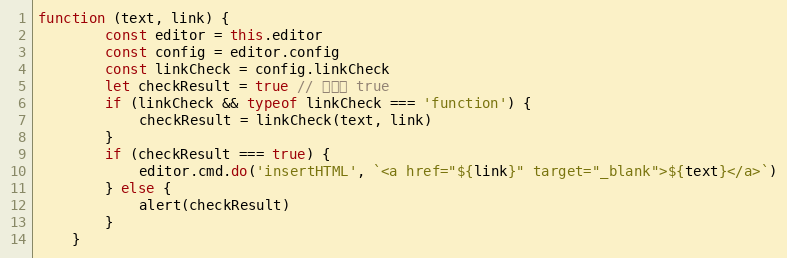
Language: JavaScript
function (text, link) {
        const editor = this.editor
        const config = editor.config
        const linkCheck = config.linkCheck
        let checkResult = true // 默认为 true
        if (linkCheck && typeof linkCheck === 'function') {
            checkResult = linkCheck(text, link)
        }
        if (checkResult === true) {
            editor.cmd.do('insertHTML', `<a href="${link}" target="_blank">${text}</a>`)
        } else {
            alert(checkResult)
        }
    }